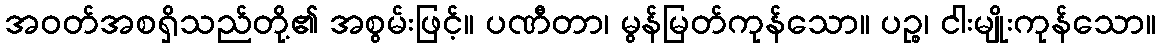
အဝတ်အစရှိသည်တို့၏ အစွမ်းဖြင့်။ ပဏီတာ၊ မွန်မြတ်ကုန်သော။ ပဉ္စ၊ ငါးမျိုးကုန်သော။